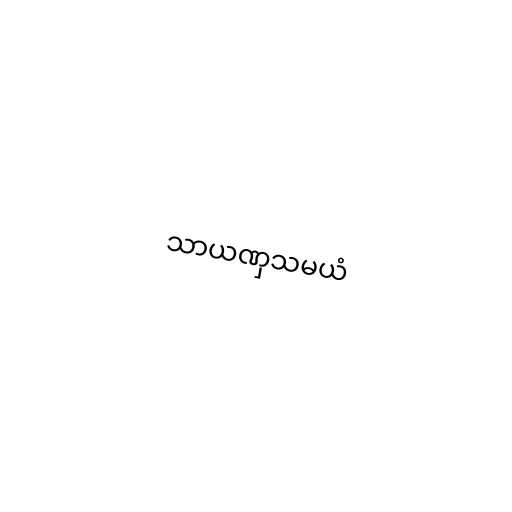
သာယဏှသမယံ